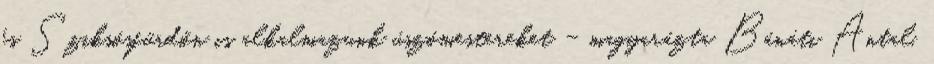
és Sziksósfürdőn is alkalmazunk úszómestereket – magyarázta Bánáti Antal,